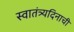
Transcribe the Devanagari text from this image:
स्वातंत्र्यदिनाची